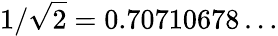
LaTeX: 1/{\sqrt{2}}=0.70710678\ldots